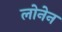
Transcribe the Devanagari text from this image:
लोनेन